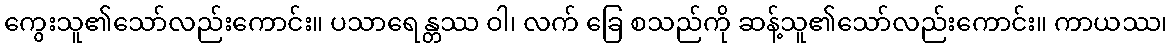
ကွေးသူ၏သော်လည်းကောင်း။ ပသာရေန္တဿ ဝါ၊ လက် ခြေ စသည်ကို ဆန့်သူ၏သော်လည်းကောင်း။ ကာယဿ၊